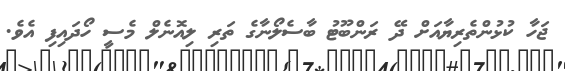
ޖަހާ ކުޅުންތެރިޔާއަށް ދޭ ރަންބޫޓު ބާސެލޯނާގެ ތަރި ލިއޮނެލް މެސީ ހޯދައިފި އެވެ.